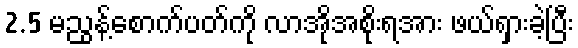
2.5 မညွန့်စောက်ပတ်ကို လာအိုအစိုးရအား ဖယ်ရှားခဲ့ပြီး